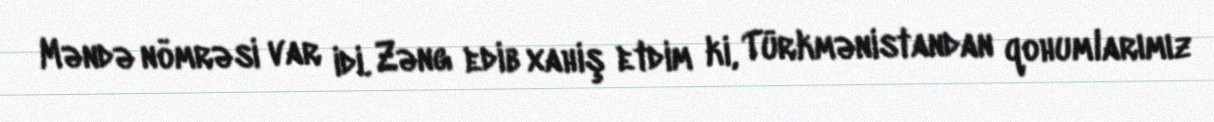
Məndə nömrəsi var idi. Zəng edib xahiş etdim ki, Türkmənistandan qohumlarımız